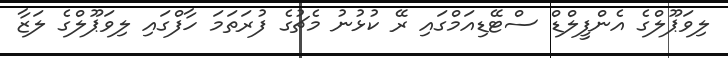
ލިވަޕޫލްގެ އެންފީލްޑް ސްޓޭޑިއަމްގައި ރޭ ކުޅުނު މެޗުގެ ފުރަތަމަ ހާފްގައި ލިވަޕޫލްގެ ލަޒާ